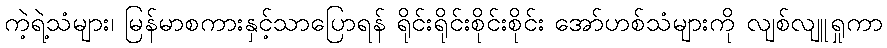
ကဲ့ရဲ့သံများ၊ မြန်မာစကားနှင့်သာပြောရန် ရိုင်းရိုင်းစိုင်းစိုင်း အော်ဟစ်သံများကို လျစ်လျူရှုကာ